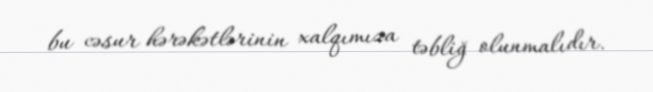
bu cəsur hərəkətlərinin xalqımıza təbliğ olunmalıdır.